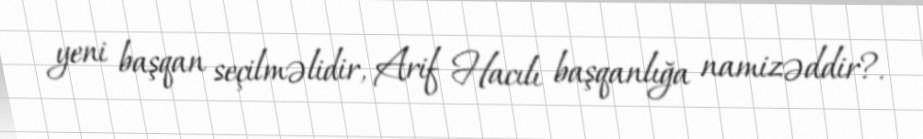
yeni başqan seçilməlidir, Arif Hacılı başqanlığa namizəddir?.